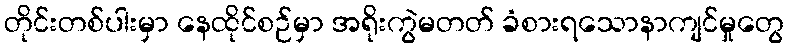
တိုင်းတစ်ပါးမှာ နေထိုင်စဉ်မှာ အရိုးကွဲမတတ် ခံစားရသောနာကျင်မှုတွေ